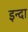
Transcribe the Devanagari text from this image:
इन्दा